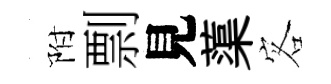
附剽見蕖客